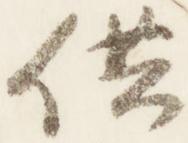
供